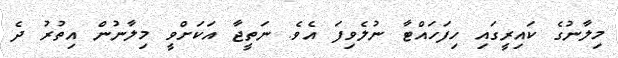
މިލާނުގެ ކައިރީގައި ހިފަހައްޓާ ނުލެވިފަ އެވެ. ނަތީޖާ އަކަށްވީ މިލާނުން އިތުރު ދެ